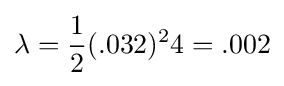
\lambda ={\frac {1}{2}}(.032)^{2}4=.002